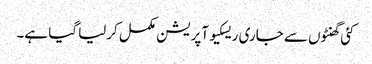
کئی گھنٹوں سے جاری ریسکیو آپریشن مکمل کرلیا گیا ہے۔